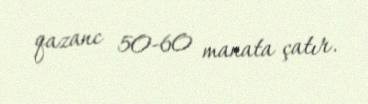
qazanc 50-60 manata çatır.